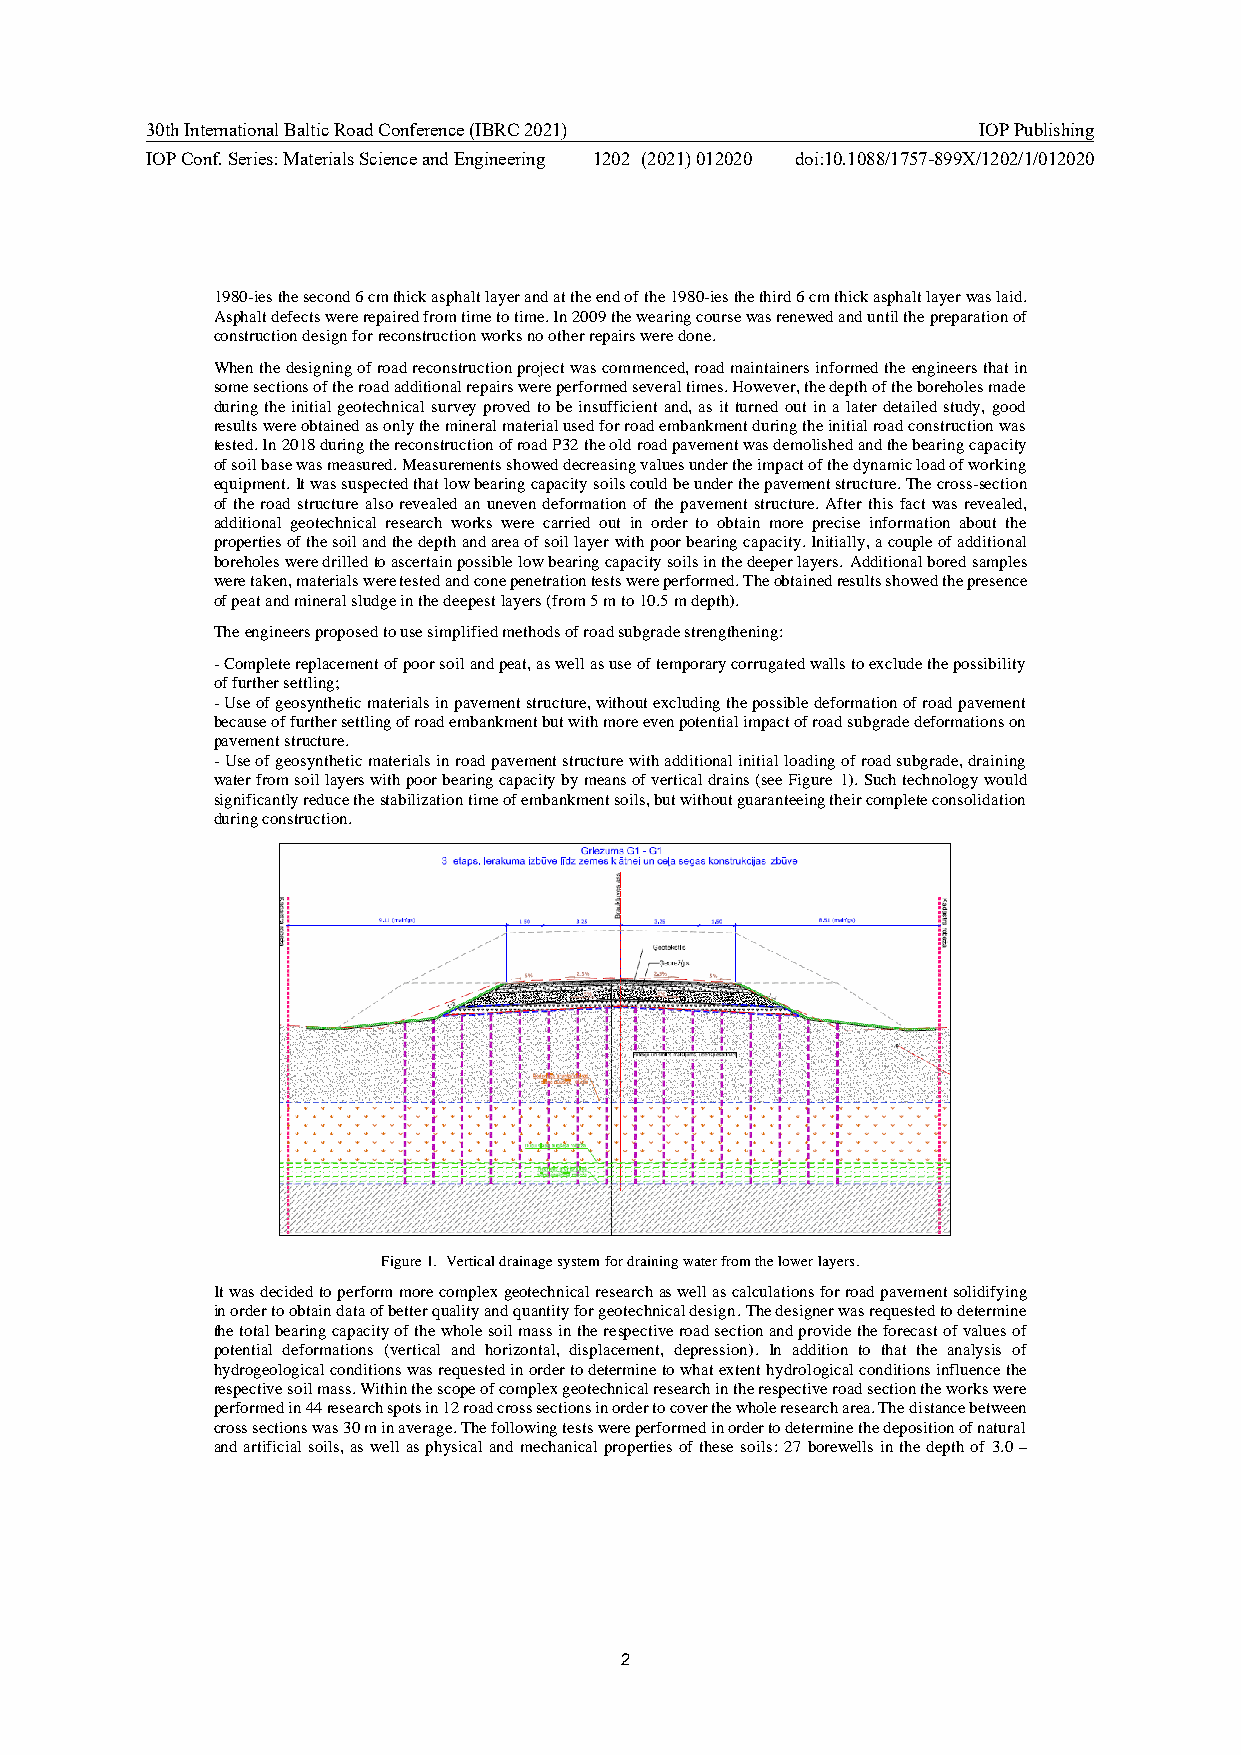
30th International Baltic Road Conference (IBRC 2021)  IOP Publishing
 IOP Conf. Series: Materials Science and Engineering 1202 (2021) 012020 doi:10.1088/1757-899X/1202/1/012020
 1980-ies the second 6 cm thick asphalt layer and at the end of the 1980-ies the third 6 cm thick asphalt layer was laid.
 Asphalt defects were repaired from time to time. In 2009 the wearing course was renewed and until the preparation of
 construction design for reconstruction works no other repairs were done.
 When the designing of road reconstruction project was commenced, road maintainers informed the engineers that in
 some sections of the road additional repairs were performed several times. However, the depth of the boreholes made
 during the initial geotechnical survey proved to be insufficient and, as it turned out in a later detailed study, good
 results were obtained as only the mineral material used for road embankment during the initial road construction was
 tested. In 2018 during the reconstruction of road P32 the old road pavement was demolished and the bearing capacity
 of soil base was measured. Measurements showed decreasing values under the impact of the dynamic load of working
 equipment. It was suspected that low bearing capacity soils could be under the pavement structure. The cross-section
 of the road structure also revealed an uneven deformation of the pavement structure. After this fact was revealed,
 additional geotechnical research works were carried out in order to obtain more precise information about the
 properties of the soil and the depth and area of soil layer with poor bearing capacity. Initially, a couple of additional
 boreholes were drilled to ascertain possible low bearing capacity soils in the deeper layers. Additional bored samples
 were taken, materials were tested and cone penetration tests were performed. The obtained results showed the presence
 of peat and mineral sludge in the deepest layers (from 5 m to 10.5 m depth).
 The engineers proposed to use simplified methods of road subgrade strengthening:
 - Complete replacement of poor soil and peat, as well as use of temporary corrugated walls to exclude the possibility
 of further settling;
 - Use of geosynthetic materials in pavement structure, without excluding the possible deformation of road pavement
 because of further settling of road embankment but with more even potential impact of road subgrade deformations on
 pavement structure.
 - Use of geosynthetic materials in road pavement structure with additional initial loading of road subgrade, draining
 water from soil layers with poor bearing capacity by means of vertical drains (see Figure 1). Such technology would
 significantly reduce the stabilization time of embankment soils, but without guaranteeing their complete consolidation
 during construction.
 Figure 1. Vertical drainage system for draining water from the lower layers.
 It was decided to perform more complex geotechnical research as well as calculations for road pavement solidifying
 in order to obtain data of better quality and quantity for geotechnical design. The designer was requested to determine
 the total bearing capacity of the whole soil mass in the respective road section and provide the forecast of values of
 potential deformations (vertical and horizontal, displacement, depression). In addition to that the analysis of
 hydrogeological conditions was requested in order to determine to what extent hydrological conditions influence the
 respective soil mass. Within the scope of complex geotechnical research in the respective road section the works were
 performed in 44 research spots in 12 road cross sections in order to cover the whole research area. The distance between
 cross sections was 30 m in average. The following tests were performed in order to determine the deposition of natural
 and artificial soils, as well as physical and mechanical properties of these soils: 27 borewells in the depth of 3.0 –
 2